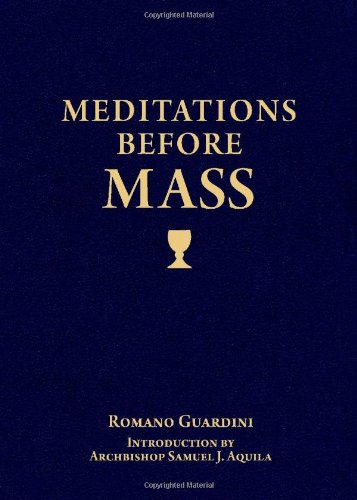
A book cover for Meditations Before Mass; Romano Guardini; Christian Books & Bibles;